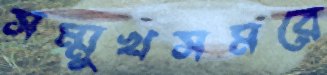
সম্মুখসমরে